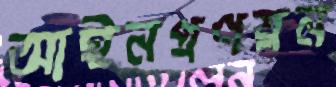
আইনপ্রণয়ন